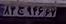
۸۳ج۹۴۶۶۷